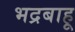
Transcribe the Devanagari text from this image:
भद्रबाहू